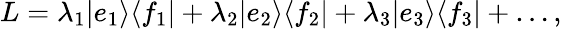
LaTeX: L=\lambda_{1}|e_{1}\rangle\langle f_{1}|+\lambda_{2}|e_{2}\rangle\langle f_{2}|+\lambda_{3}|e_{3}\rangle\langle f_{3}|+\dots,